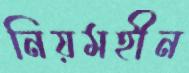
নিয়মহীন